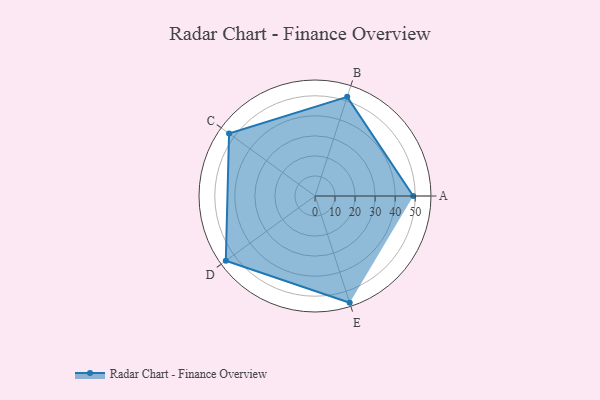
{"axis": {"x": "Skill", "y": "Score"}, "legend": ["Profile"], "data": [{"x": "A", "y": 49.0, "type": "Profile"}, {"x": "B", "y": 52.0, "type": "Profile"}, {"x": "C", "y": 53.0, "type": "Profile"}, {"x": "D", "y": 55.0, "type": "Profile"}, {"x": "E", "y": 56.0, "type": "Profile"}]}